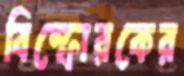
বিস্ফোরকের